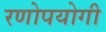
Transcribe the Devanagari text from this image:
रणोपयोगी